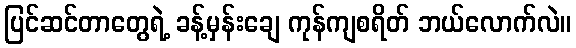
ပြင်ဆင်တာတွေရဲ့ ခန့်မှန်းချေ ကုန်ကျစရိတ် ဘယ်လောက်လဲ။